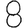
Digit: 8